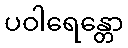
ပဝါရေန္တော